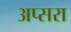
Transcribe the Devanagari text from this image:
अप्‍सरा